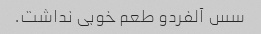
سس آلفردو طعم خوبی نداشت.